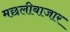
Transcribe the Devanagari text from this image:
मछलीबाजार